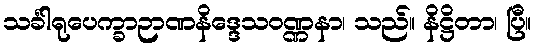
သင်္ခါရုပေက္ခာဉာဏနိဒ္ဒေသဝဏ္ဏနာ၊ သည်။ နိဋ္ဌိတာ၊ ပြီ။